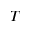
T